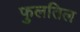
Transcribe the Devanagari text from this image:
फुलतिल